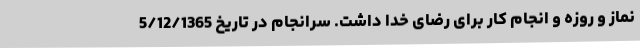
نماز و روزه و انجام کار برای رضای خدا داشت. سرانجام در تاریخ 5/12/1365